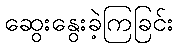
ဆွေးနွေးခဲ့ကြခြင်း